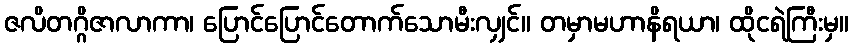
ဇလိတဂ္ဂိဇာလာကာ၊ ပြောင်ပြောင်တောက်သောမီးလျှင်။ တမှာမဟာနိရယာ၊ ထိုငရဲကြီးမှ။